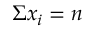
\Sigma x _ { i } = n